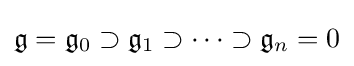
{\mathfrak {g}}={\mathfrak {g}}_{0}\supset {\mathfrak {g}}_{1}\supset \cdots \supset {\mathfrak {g}}_{n}=0